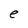
Character: e